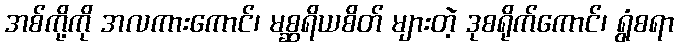
အစ်ကို့ကို အလကားကောင်၊ မစ္ဆရိယစိတ် များတဲ့ ဒုစရိုက်ကောင်၊ ရွံစရာ